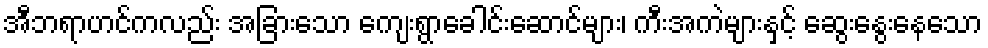
အီဘရာဟင်ကလည်း အခြားသော ကျေးရွာခေါင်းဆောင်များ၊ ကီးအကဲများနှင့် ဆွေးနွေးနေသော